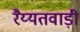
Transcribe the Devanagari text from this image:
रैय्यतवाड़ी